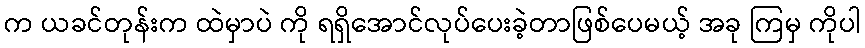
က ယခင်တုန်းက ထဲမှာပဲ ကို ရရှိအောင်လုပ်ပေးခဲ့တာဖြစ်ပေမယ့် အခု ကြမှ ကိုပါ